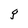
Character: g